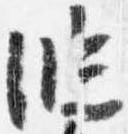
臨